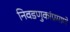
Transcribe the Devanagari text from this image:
निवडणुकांप्रमाणे